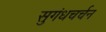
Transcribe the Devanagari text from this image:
सुगंधचर्चन